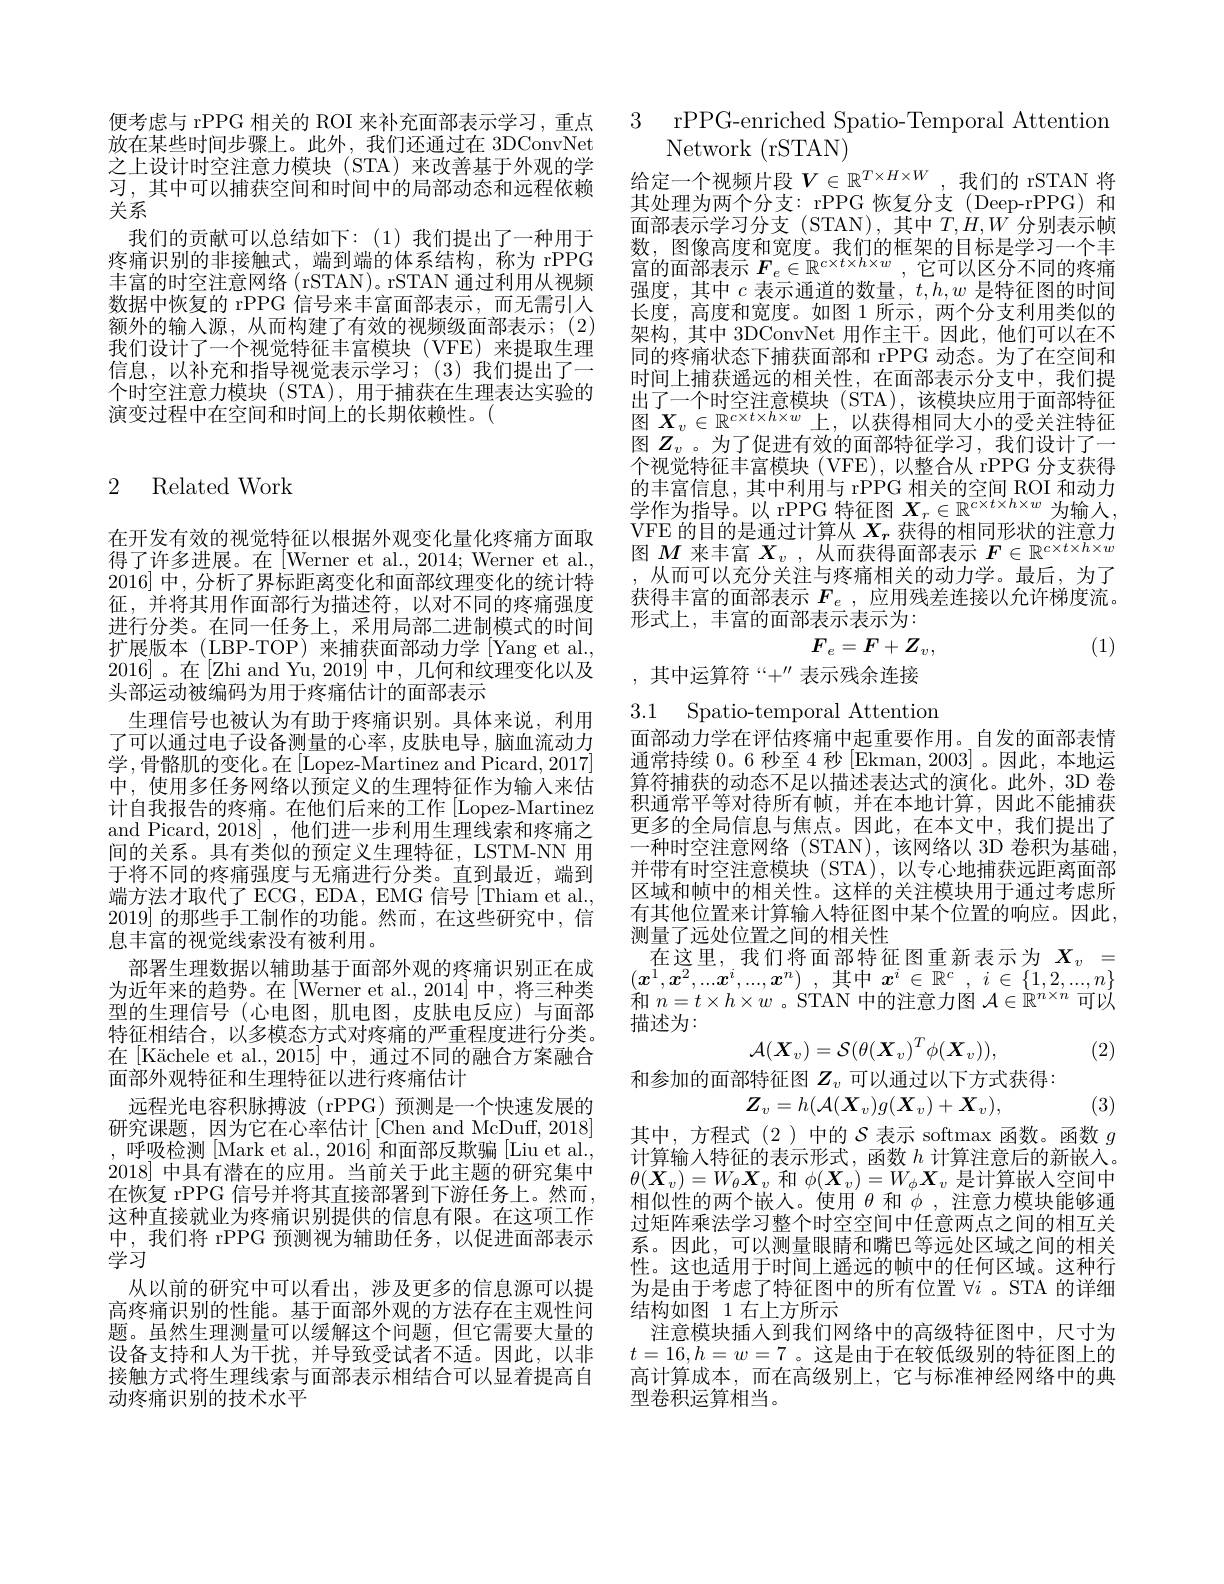
便考虑与 rPPG 相关的 ROI 来补充面部表示学习，重点放在某些时间步骤上。此外，我们还通过在 3DConvNet 之上设计时空注意力模块(STA)来改善基于外观的学习，其中可以捕获空间和时间中的局部动态和远程依赖关系
我们的贡献可以总结如下：(1)我们提出了一种用于疼痛识别的非接触式，端到端的体系结构，称为 rPPG 丰富的时空注意网络 (rSTAN)。rSTAN 通过利用从视频数据中恢复的 rPPG 信号来丰富面部表示，而无需引人额外的输入源，从而构建了有效的视频级面部表示；(2) 我们设计了一个视觉特征丰富模块(VFE)来提取生理信息，以补充和指导视觉表示学习；(3)我们提出了一个时空注意力模块(STA),用于捕获在生理表达实验的演变过程中在空间和时间上的长期依赖性。(

## 2 Related Work

在开发有效的视觉特征以根据外观变化量化疼痛方面取得了许多进展。在[Werner et al., 2014; Werner et al., 2016]中，分析了界标距离变化和面部纹理变化的统计特征，并将其用作面部行为描述符，以对不同的疼痛强度进行分类。在同一任务上，采用局部二进制模式的时间扩展版本(LBP-TOP)来捕获面部动力学[Yang et al., 2016]。在[Zhi and Yu,2019] 中，几何和纹理变化以及头部运动被编码为用于疼痛估计的面部表示
生理信号也被认为有助于疼痛识别。具体来说，利用了可以通过电子设备测量的心率，皮肤电导，脑血流动力学，骨骼肌的变化。在[Lopez-Martinez and Picard, 2017] 中，使用多任务网络以预定义的生理特征作为输入来估计自我报告的疼痛。在他们后来的工作[Lopez-Martinez and Picard, 2018] , 他们进一步利用生理线索和疼痛之间的关系。具有类似的预定义生理特征，LSTM-NN 用于将不同的疼痛强度与无痛进行分类。直到最近，端到端方法才取代了 ECG, EDA, EMG 信号[Thiam et al., 2019]的那些手工制作的功能。然而，在这些研究中，信息丰富的视觉线索没有被利用。
部署生理数据以辅助基于面部外观的疼痛识别正在成为近年来的趋势。在[Werner et al.,2014]中，将三种类型的生理信号(心电图，肌电图，皮肤电反应)与面部特征相结合，以多模态方式对疼痛的严重程度进行分类。在[Kächele et al.,2015]中，通过不同的融合方案融合面部外观特征和生理特征以进行疼痛估计
远程光电容积脉搏波(rPPG)预测是一个快速发展的研究课题，因为它在心率估计[Chen and McDuff, 2018] ,呼吸检测[Mark et al.,2016] 和面部反欺骗[Liu et al., 2018]中具有潜在的应用。当前关于此主题的研究集中在恢复 rPPG 信号并将其直接部署到下游任务上。然而， 这种直接就业为疼痛识别提供的信息有限。在这项工作中，我们将 rPPG 预测视为辅助任务，以促进面部表示学习
从以前的研究中可以看出，涉及更多的信息源可以提高疼痛识别的性能。基于面部外观的方法存在主观性问题。虽然生理测量可以缓解这个问题，但它需要大量的设备支持和人为干扰，并导致受试者不适。因此，以非接触方式将生理线索与面部表示相结合可以显着提高自动疼痛识别的技术水平

3 rPPG-enriched Spatio-Temporal Attention

Network (rSTAN)
给定一个视频片段$V\in\mathbb{R}^T\times H\times W$,我们的 rSTAN 将其处理为两个分支：rPPG 恢复分支(Deep-rPPG)和面部表示学习分支(STAN),其中$T,H,W$分别表示帧数，图像高度和宽度。我们的框架的目标是学习一个丰富的面部表示$F_e\in\mathbb{R}^{c\times t\times h\times w}$,它可以区分不同的疼痛强度，其中$c$表示通道的数量，$t,h,w$是特征图的时间长度，高度和宽度。如图 1 所示，两个分支利用类似的架构，其中 3DConvNet 用作主干。因此，他们可以在不同的疼痛状态下捕获面部和 rPPG 动态。为了在空间和时间上捕获遥远的相关性，在面部表示分支中，我们提出了一个时空注意模块 (STA),该模块应用于面部特征图 $X_v\in\mathbb{R}^{c\times t\times h\times w}$上，以获得相同大小的受关注特征图$Z_v$。为了促进有效的面部特征学习，我们设计了一个视觉特征丰富模块 (VFE), 以整合从 rPPG 分支获得的丰富信息，其中利用与 rPPG 相关的空间 ROI 和动力学作为指导。以 rPPG 特征图 $X_r\in\mathbb{R}^{c\times t\times h\times w}$为输入， VFE 的目的是通过计算从$X_r$获得的相同形状的注意力图$M$来丰富$X_v$,从而获得面部表示$F\in\mathbb{R}^c\times t\times h\times w$
从而可以充分关注与疼痛相关的动力学。最后，为了获得丰富的面部表示$F_e$ ,应用残差连接以允许梯度流。形式上，丰富的面部表示表示为：
$$F_{e}=F+Z_{v},$$
(1)

,其中运算符“$+^\prime\prime$表示残余连接

3.1 Spatio-temporal Attention

(2)

面部动力学在评估疼痛中起重要作用。自发的面部表情通常持续 0。6 秒至 4 秒 [Ekman, 2003] 。因此，本地运算符捕获的动态不足以描述表达式的演化。此外，3D 卷积通常平等对待所有帧，并在本地计算，因此不能捕获更多的全局信息与焦点。因此，在本文中，我们提出了一种时空注意网络 (STAN),该网络以 3D 卷积为基础， 并带有时空注意模块(STA),以专心地捕获远距离面部区域和帧中的相关性。这样的关注模块用于通过考虑所有其他位置来计算输入特征图中某个位置的响应。因此， 测量了远处位置之间的相关性
在这里，我们将面部特征图重新表示为$X_v=$ $(x^1,x^2,...x^i,...,x^n)$ ,其中$x^i\in\mathbb{R}^c,i\in\{1,2,...,n\}$ 和$n=t\times h\times w$ 。STAN 中的注意力图$\mathcal{A}\in\mathbb{R}^n\times n$可以描述为：
$$\mathcal{A}(X_{v})=\mathcal{S}(\theta(X_{v})^{T}\phi(X_{v})),$$
和参加的面部特征图$Z_v$可以通过以下方式获得：
$$Z_v=h(\mathcal{A}(X_v)g(X_v)+X_v),$$
(3)
其中，方程式(2)中的$\mathcal{S}$表示 softmax 函数。函数 $g$ 计算输入特征的表示形式，函数$h$计算注意后的新嵌人。$\theta(\boldsymbol{X}_v)=W_\theta\boldsymbol{X}_v$和$\phi(\boldsymbol{X}_v)=W_\phi\boldsymbol{X}_v$是计算嵌人空间中相似性的两个嵌人。使用$\theta$和$\phi$ ,注意力模块能够通过矩阵乘法学习整个时空空间中任意两点之间的相互关系。因此，可以测量眼睛和嘴巴等远处区域之间的相关性。这也适用于时间上遥远的帧中的任何区域。这种行为是由于考虑了特征图中的所有位置$\forall i$ 。STA 的详细结构如图 1 右上方所示
注意模块插人到我们网络中的高级特征图中，尺寸为$t=16,h=w=7$ 。这是由于在较低级别的特征图上的高计算成本，而在高级别上，它与标准神经网络中的典型卷积运算相当。